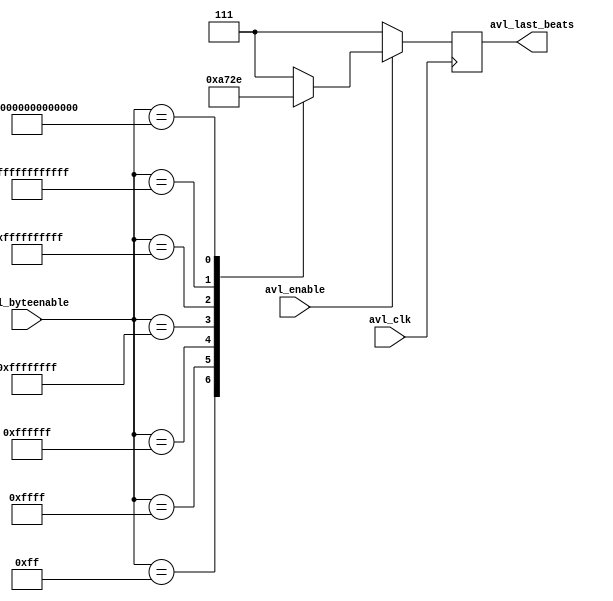
// ***************************************************************************
// ***************************************************************************
// Copyright 2014 - 2017 (c) Analog Devices, Inc. All rights reserved.
//
// In this HDL repository, there are many different and unique modules, consisting
// of various HDL (Verilog or VHDL) components. The individual modules are
// developed independently, and may be accompanied by separate and unique license
// terms.
//
// The user should read each of these license terms, and understand the
// freedoms and responsabilities that he or she has by using this source/core.
//
// This core is distributed in the hope that it will be useful, but WITHOUT ANY
// WARRANTY; without even the implied warranty of MERCHANTABILITY or FITNESS FOR
// A PARTICULAR PURPOSE.
//
// Redistribution and use of source or resulting binaries, with or without modification
// of this file, are permitted under one of the following two license terms:
//
//   1. The GNU General Public License version 2 as published by the
//      Free Software Foundation, which can be found in the top level directory
//      of this repository (LICENSE_GPL2), and also online at:
//      <https://www.gnu.org/licenses/old-licenses/gpl-2.0.html>
//
// OR
//
//   2. An ADI specific BSD license, which can be found in the top level directory
//      of this repository (LICENSE_ADIBSD), and also on-line at:
//      https://github.com/analogdevicesinc/hdl/blob/master/LICENSE_ADIBSD
//      This will allow to generate bit files and not release the source code,
//      as long as it attaches to an ADI device.
//
// ***************************************************************************
// ***************************************************************************

`timescale 1ns/100ps

module avl_dacfifo_byteenable_decoder #(

  parameter MEM_RATIO = 8,
  parameter LAST_BEATS_WIDTH = 3) (

  input                               avl_clk,

  input       [ 63:0]                 avl_byteenable,
  input                               avl_enable,

  output  reg [LAST_BEATS_WIDTH-1:0]  avl_last_beats
);

  always @(posedge avl_clk) begin
    if (avl_enable == 1'b1) begin
      case (avl_byteenable)
        64'b0000000000000000000000000000000000000000000000000000000000000011: begin
          case (MEM_RATIO)
            32 : avl_last_beats <= 0;
            default : avl_last_beats <= {LAST_BEATS_WIDTH{1'b1}};
          endcase
        end
        64'b0000000000000000000000000000000000000000000000000000000000001111: begin
          case (MEM_RATIO)
            32 : avl_last_beats <= 1;
            16 : avl_last_beats <= 0;
            default : avl_last_beats <= {LAST_BEATS_WIDTH{1'b1}};
          endcase
        end
        64'b0000000000000000000000000000000000000000000000000000000000111111: begin
          case (MEM_RATIO)
            32 : avl_last_beats <= 2;
            default : avl_last_beats <= {LAST_BEATS_WIDTH{1'b1}};
          endcase
        end
        64'b0000000000000000000000000000000000000000000000000000000011111111: begin
          case (MEM_RATIO)
            32 : avl_last_beats <= 3;
            16 : avl_last_beats <= 1;
             8 : avl_last_beats <= 0;
            default : avl_last_beats <= {LAST_BEATS_WIDTH{1'b1}};
          endcase
        end
        64'b0000000000000000000000000000000000000000000000000000001111111111: begin
          case (MEM_RATIO)
            32 : avl_last_beats <= 4;
            default : avl_last_beats <= {LAST_BEATS_WIDTH{1'b1}};
          endcase
        end
        64'b0000000000000000000000000000000000000000000000000000111111111111: begin
          case (MEM_RATIO)
            32 : avl_last_beats <= 5;
            16 : avl_last_beats <= 2;
            default : avl_last_beats <= {LAST_BEATS_WIDTH{1'b1}};
          endcase
        end
        64'b0000000000000000000000000000000000000000000000000011111111111111: begin
          case (MEM_RATIO)
            32 : avl_last_beats <= 6;
            default : avl_last_beats <= {LAST_BEATS_WIDTH{1'b1}};
          endcase
        end
        64'b0000000000000000000000000000000000000000000000001111111111111111: begin
          case (MEM_RATIO)
            32 : avl_last_beats <= 7;
            16 : avl_last_beats <= 3;
             8 : avl_last_beats <= 1;
             4 : avl_last_beats <= 0;
            default : avl_last_beats <= {LAST_BEATS_WIDTH{1'b1}};
          endcase
        end
        64'b0000000000000000000000000000000000000000000000111111111111111111: begin
          case (MEM_RATIO)
            32 : avl_last_beats <= 8;
            default : avl_last_beats <= {LAST_BEATS_WIDTH{1'b1}};
          endcase
        end
        64'b0000000000000000000000000000000000000000000011111111111111111111: begin
          case (MEM_RATIO)
            32 : avl_last_beats <= 9;
            16 : avl_last_beats <= 4;
            default : avl_last_beats <= {LAST_BEATS_WIDTH{1'b1}};
          endcase
        end
        64'b0000000000000000000000000000000000000000001111111111111111111111: begin
          case (MEM_RATIO)
            32 : avl_last_beats <= 10;
            default : avl_last_beats <= {LAST_BEATS_WIDTH{1'b1}};
          endcase
        end
        64'b0000000000000000000000000000000000000000111111111111111111111111: begin
          case (MEM_RATIO)
            32 : avl_last_beats <= 11;
            16 : avl_last_beats <= 5;
             8 : avl_last_beats <= 2;
            default : avl_last_beats <= {LAST_BEATS_WIDTH{1'b1}};
          endcase
        end
        64'b0000000000000000000000000000000000000011111111111111111111111111: begin
          case (MEM_RATIO)
            32 : avl_last_beats <= 12;
            default : avl_last_beats <= {LAST_BEATS_WIDTH{1'b1}};
          endcase
        end
        64'b0000000000000000000000000000000000001111111111111111111111111111: begin
          case (MEM_RATIO)
            32 : avl_last_beats <= 13;
            16 : avl_last_beats <= 6;
            default : avl_last_beats <= {LAST_BEATS_WIDTH{1'b1}};
          endcase
        end
        64'b0000000000000000000000000000000000111111111111111111111111111111: begin
          case (MEM_RATIO)
            32 : avl_last_beats <= 14;
            default : avl_last_beats <= {LAST_BEATS_WIDTH{1'b1}};
          endcase
        end
        64'b0000000000000000000000000000000011111111111111111111111111111111: begin
          case (MEM_RATIO)
            32 : avl_last_beats <= 15;
            16 : avl_last_beats <= 7;
             8 : avl_last_beats <= 3;
             4 : avl_last_beats <= 1;
             2 : avl_last_beats <= 0;
            default : avl_last_beats <= {LAST_BEATS_WIDTH{1'b1}};
          endcase
        end
        64'b0000000000000000000000000000001111111111111111111111111111111111: begin
          case (MEM_RATIO)
            32 : avl_last_beats <= 16;
            default : avl_last_beats <= {LAST_BEATS_WIDTH{1'b1}};
          endcase
        end
        64'b0000000000000000000000000000111111111111111111111111111111111111: begin
          case (MEM_RATIO)
            32 : avl_last_beats <= 17;
            16 : avl_last_beats <= 8;
            default : avl_last_beats <= {LAST_BEATS_WIDTH{1'b1}};
          endcase
        end
        64'b0000000000000000000000000011111111111111111111111111111111111111: begin
          case (MEM_RATIO)
            32 : avl_last_beats <= 18;
            default : avl_last_beats <= {LAST_BEATS_WIDTH{1'b1}};
          endcase
        end
        64'b0000000000000000000000001111111111111111111111111111111111111111: begin
          case (MEM_RATIO)
            32 : avl_last_beats <= 19;
            16 : avl_last_beats <= 9;
             8 : avl_last_beats <= 4;
            default : avl_last_beats <= {LAST_BEATS_WIDTH{1'b1}};
          endcase
        end
        64'b0000000000000000000000111111111111111111111111111111111111111111: begin
          case (MEM_RATIO)
            32 : avl_last_beats <= 20;
            default : avl_last_beats <= {LAST_BEATS_WIDTH{1'b1}};
          endcase
        end
        64'b0000000000000000000011111111111111111111111111111111111111111111: begin
          case (MEM_RATIO)
            32 : avl_last_beats <= 21;
            16 : avl_last_beats <= 10;
            default : avl_last_beats <= {LAST_BEATS_WIDTH{1'b1}};
          endcase
        end
        64'b0000000000000000001111111111111111111111111111111111111111111111: begin
          case (MEM_RATIO)
            32 : avl_last_beats <= 22;
            default : avl_last_beats <= {LAST_BEATS_WIDTH{1'b1}};
          endcase
        end
        64'b0000000000000000111111111111111111111111111111111111111111111111: begin
          case (MEM_RATIO)
            32 : avl_last_beats <= 23;
            16 : avl_last_beats <= 11;
             8 : avl_last_beats <= 5;
             4 : avl_last_beats <= 2;
            default : avl_last_beats <= {LAST_BEATS_WIDTH{1'b1}};
          endcase
        end
        64'b0000000000000011111111111111111111111111111111111111111111111111: begin
          case (MEM_RATIO)
            32 : avl_last_beats <= 24;
            default : avl_last_beats <= {LAST_BEATS_WIDTH{1'b1}};
          endcase
        end
        64'b0000000000001111111111111111111111111111111111111111111111111111: begin
          case (MEM_RATIO)
            32 : avl_last_beats <= 25;
            16 : avl_last_beats <= 12;
            default : avl_last_beats <= {LAST_BEATS_WIDTH{1'b1}};
          endcase
        end
        64'b0000000000111111111111111111111111111111111111111111111111111111: begin
          case (MEM_RATIO)
            32 : avl_last_beats <= 26;
            default : avl_last_beats <= {LAST_BEATS_WIDTH{1'b1}};
          endcase
        end
        64'b0000000011111111111111111111111111111111111111111111111111111111: begin
          case (MEM_RATIO)
            32 : avl_last_beats <= 27;
            16 : avl_last_beats <= 13;
             8 : avl_last_beats <= 6;
            default : avl_last_beats <= {LAST_BEATS_WIDTH{1'b1}};
          endcase
        end
        64'b0000001111111111111111111111111111111111111111111111111111111111: begin
          case (MEM_RATIO)
            32 : avl_last_beats <= 28;
            default : avl_last_beats <= {LAST_BEATS_WIDTH{1'b1}};
          endcase
        end
        64'b0000111111111111111111111111111111111111111111111111111111111111: begin
          case (MEM_RATIO)
            32 : avl_last_beats <= 29;
            16 : avl_last_beats <= 14;
            default : avl_last_beats <= {LAST_BEATS_WIDTH{1'b1}};
          endcase
        end
        64'b0011111111111111111111111111111111111111111111111111111111111111: begin
          case (MEM_RATIO)
            32 : avl_last_beats <= 30;
            default : avl_last_beats <= {LAST_BEATS_WIDTH{1'b1}};
          endcase
        end
          default: avl_last_beats <= {LAST_BEATS_WIDTH{1'b1}};
      endcase
    end else begin
      avl_last_beats <= {LAST_BEATS_WIDTH{1'b1}};
    end
  end

endmodule